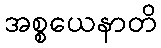
အစ္စယေနာတိ